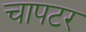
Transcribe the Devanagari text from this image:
चापटर